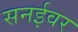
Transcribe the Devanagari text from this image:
सनईवर